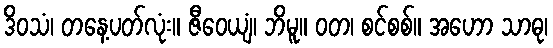
ဒိဝသံ၊ တနေ့ပတ်လုံး။ ဇီဝေယျံ၊ ဘိမူ။ ဝတ၊ စင်စစ်။ အဟော သာဓု၊